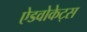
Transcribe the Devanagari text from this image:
ऐडवोकेट्स